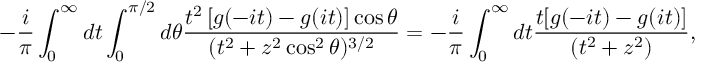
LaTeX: - \frac { i } { \pi } \int _ { 0 } ^ { \infty } d t \int _ { 0 } ^ { \pi / 2 } d \theta \frac { t ^ { 2 } \left[ g ( - i t ) - g ( i t ) \right] \cos \theta } { ( t ^ { 2 } + z ^ { 2 } \cos ^ { 2 } \theta ) ^ { 3 / 2 } } = - \frac { i } { \pi } \int _ { 0 } ^ { \infty } d t \frac { t [ g ( - i t ) - g ( i t ) ] } { ( t ^ { 2 } + z ^ { 2 } ) } ,